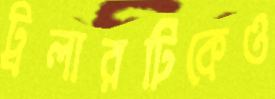
ট্রলারটিকেও